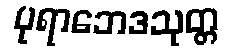
ပုရာဘေဒသုတ္တ